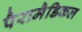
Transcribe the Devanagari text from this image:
पैरामैडिकल